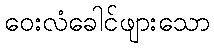
ဝေးလံခေါင်ဖျားသော